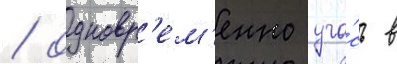
/ одновр'ем'енно уча́сь в